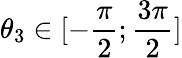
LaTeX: \theta_{3}\in[-{\frac{\pi}{2}};{\frac{3\pi}{2}}]